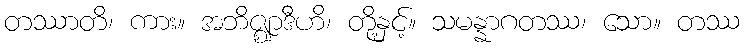
တဿာတိ၊ ကား။ အဘိဇ္ဈာဒီဟိ၊ တို့နှင့်။ သမန္နာဂတဿ၊ သော။ တဿ